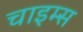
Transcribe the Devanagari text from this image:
चाइम्‍स